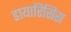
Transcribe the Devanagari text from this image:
डायारिसिस